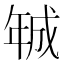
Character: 𢧚